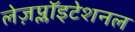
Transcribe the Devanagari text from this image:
लेज़प्लॉइटेशनल